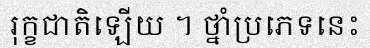
រុក្ខជាតិឡើយ ។ ថ្នាំប្រភេទនេះ